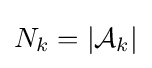
N_{k}=|{\mathcal {A}}_{k}|